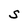
Character: S